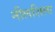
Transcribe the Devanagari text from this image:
नीलशिला